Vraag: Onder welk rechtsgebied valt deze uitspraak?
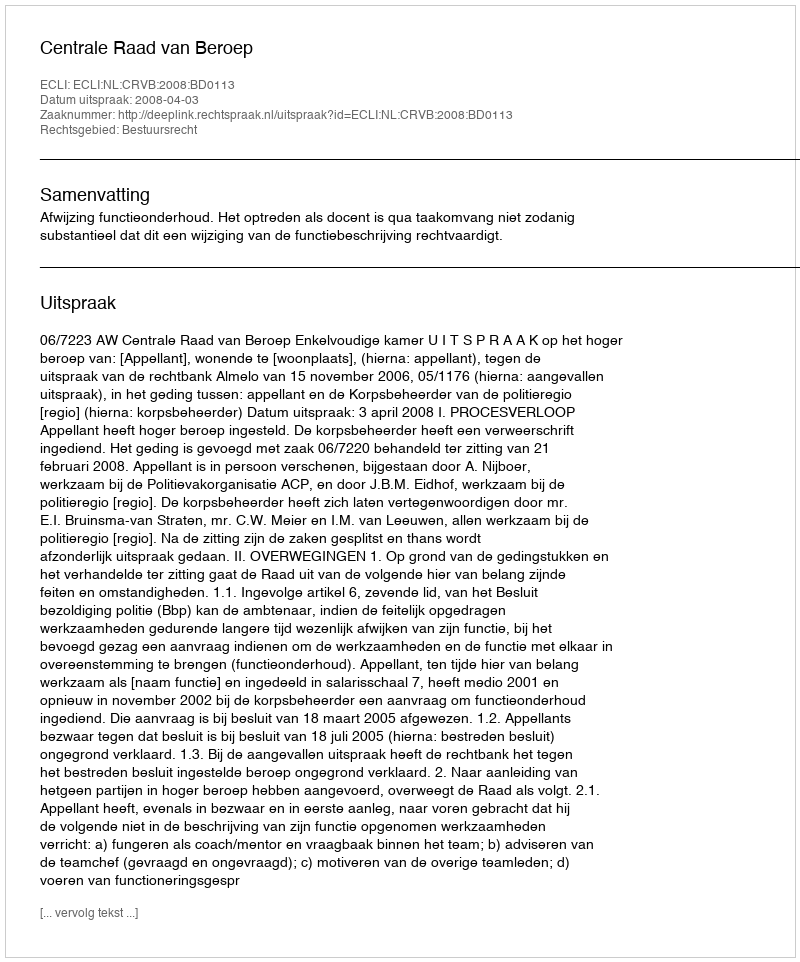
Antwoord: Bestuursrecht